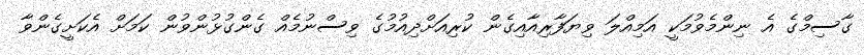
ގާސިމްގެ އެ ނިންމެވުމަކީ އަމިއްލަ ވިޔަފާރިއާއިގެން ކުރިއަށްދިއުމުގެ ވިސްނުމެއް ގެންގުޅުންވުން ކަމަށް އެކަށީގެންވާ